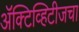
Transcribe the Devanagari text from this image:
ॲक्टिव्हिटीजचा